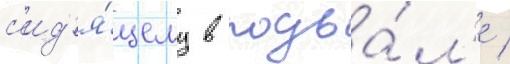
с'ид'я́щему в подва́л'е /